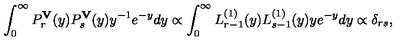
\int _ { 0 } ^ { \infty } P _ { r } ^ { \bf V } ( y ) P _ { s } ^ { \bf V } ( y ) y ^ { - 1 } e ^ { - y } d y \propto \int _ { 0 } ^ { \infty } L _ { r - 1 } ^ { ( 1 ) } ( y ) L _ { s - 1 } ^ { ( 1 ) } ( y ) y e ^ { - y } d y \propto \delta _ { r s } ,